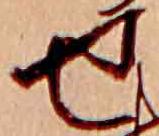
せ